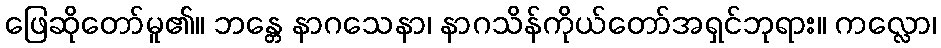
ဖြေဆိုတော်မူ၏။ ဘန္တေ နာဂသေနာ၊ နာဂသိန်ကိုယ်တော်အရှင်ဘုရား။ ကလ္လော၊